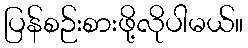
ပြန်စဉ်းစားဖို့လိုပါမယ်။